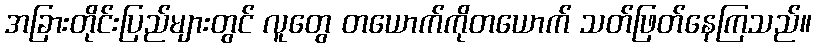
အခြားတိုင်းပြည်များတွင် လူတွေ တယောက်ကိုတယောက် သတ်ဖြတ်နေကြသည်။